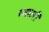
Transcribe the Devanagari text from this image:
ब्याटरी